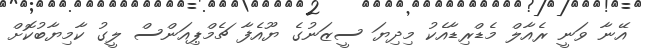
އޭނާ ވަނީ ރެއާލް މެޑްރިޑާއެކު މިދިޔަ ސީޒަނުގެ ޔޫއެފާ ޗެމްޕިއަންސް ލީގު ކާމިޔާބުކޮށް